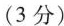
(3分)